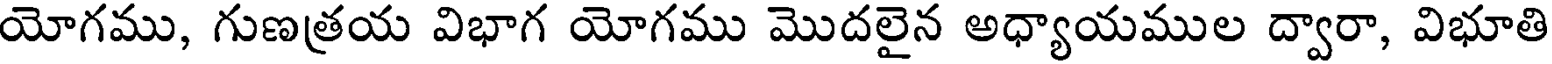
యోగము, గుణత్రయ విభాగ యోగము మొదలైన అధ్యాయముల ద్వారా, విభూతి